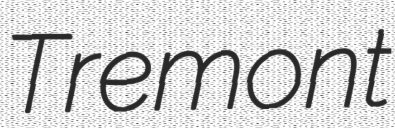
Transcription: Tremont